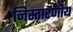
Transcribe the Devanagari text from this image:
निस्तारणीय